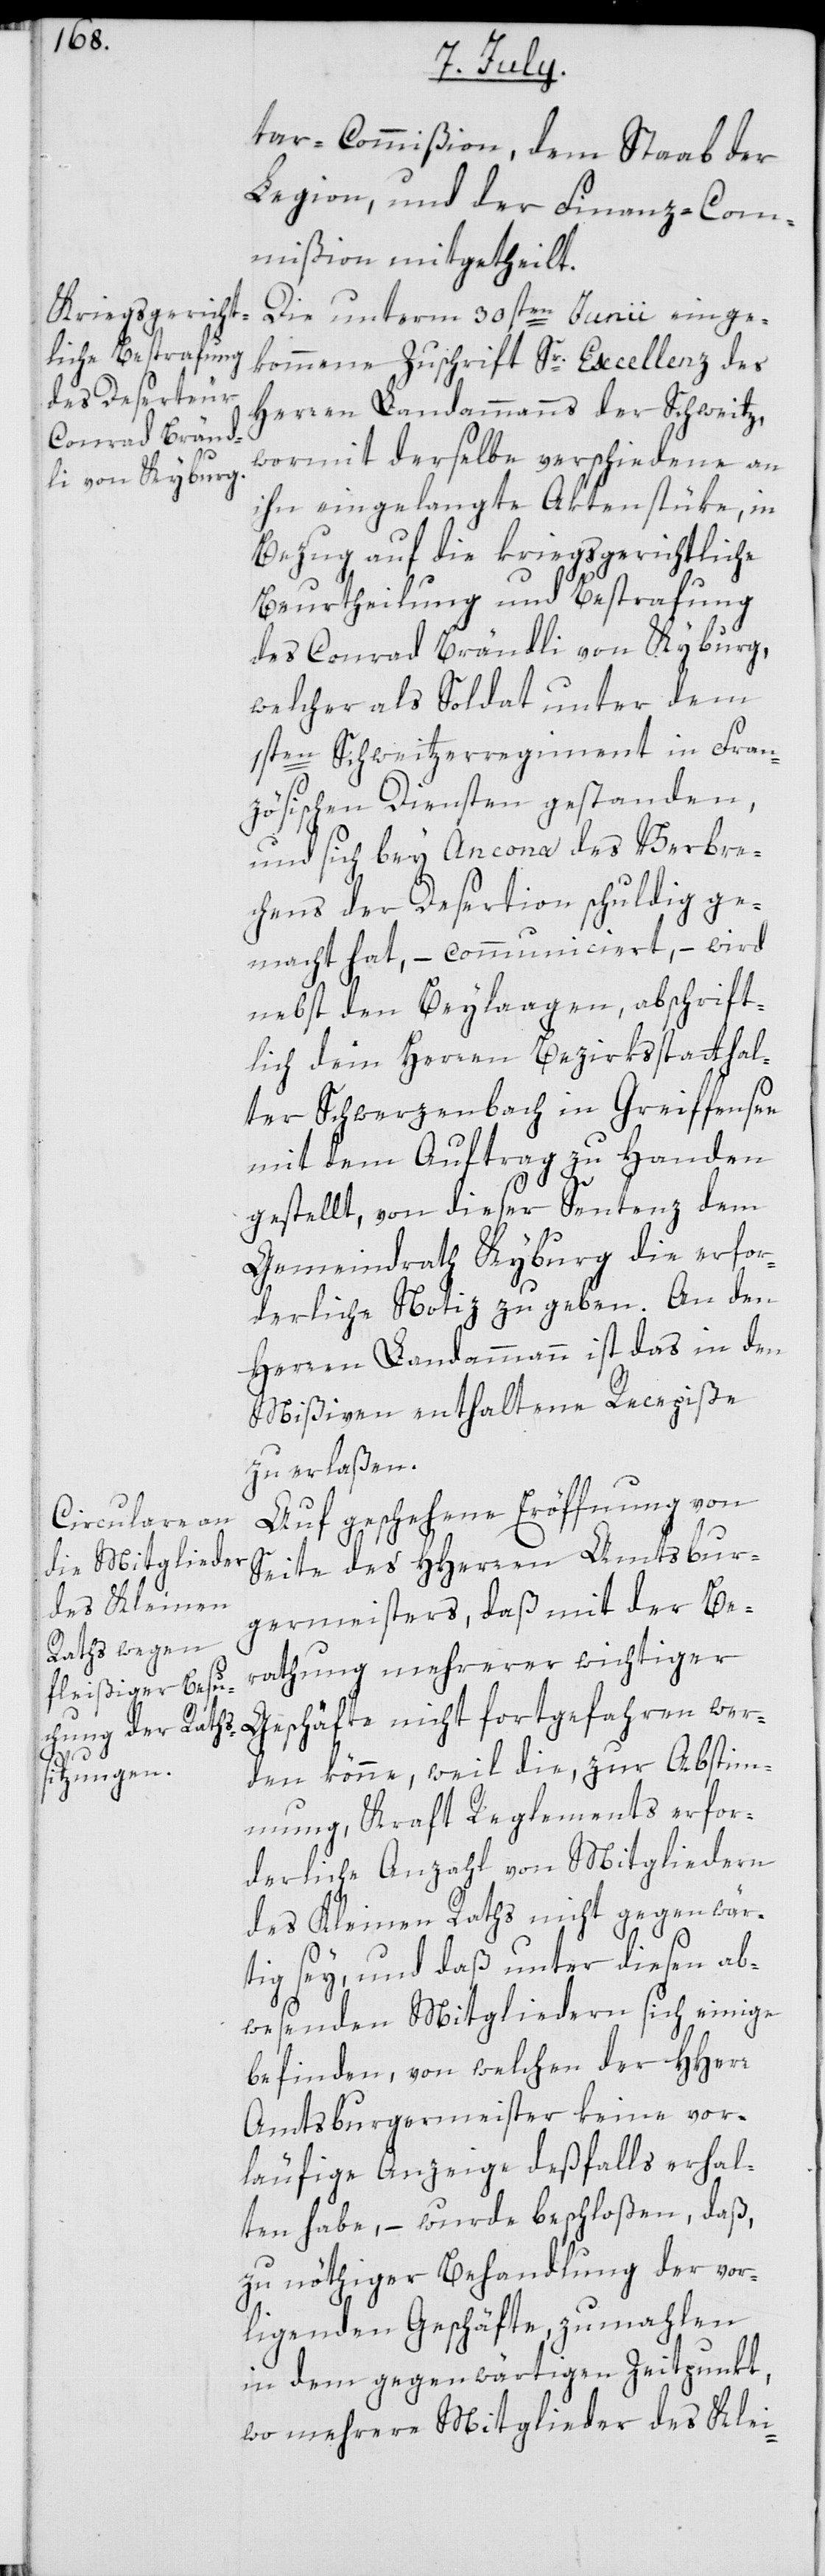
tar-Commißion, dem Staab der
Legion, und der Finanz-Com¬
mißion mitgetheilt.
Die unterm 30sten Junii einge¬
kommene Zuschrift Sr. Excellenz des
Herren Landammanns der Schweitz,
wormit derselbe verschiedene an
ihn eingelangte Aktenstüke, in
Bezug auf die kriegsgerichtliche
Beurtheilung und Bestrafung
des Conrad Brändli von Kyburg,
welcher als Soldat unter dem
1sten Schweizerregiment in Fran¬
zösischen Diensten gestanden,
und sich bey Ancona des Verbre¬
chens der Desertion schuldig ge¬
macht hat, – communiciert, – wird
nebst den Beylaagen, abschrift¬
lich dem Herren Bezirksstatthal¬
ter Schwerzenbach in Greifensee
mit dem Auftrag zu Handen
gestellt, von dieser Sentenz dem
Gemeindrath Kyburg die erfor¬
derliche Notiz zu geben. An den
Herren Landammann ist das in den
Mißiven enthaltene Recepiße
zu erlaßen.
Auf geschehene Eröffnung von
Seite des HHerren Amtsbur¬
germeisters, daß mit der Be¬
rathung mehrerer wichtiger
Geschäfte nicht fortgefahren wer¬
den könne, weil die, zur Abstim¬
mung, Kraft Reglements erfor¬
derliche Anzahl von Mitgliedern
des Kleinen Raths nicht gegenwär¬
tig sey, und daß unter diesen ab¬
wesenden Mitgliedern sich einige
befinden, von welchen der HHerr
Amtsburgermeister keine vor¬
läufige Anzeige deßfalls erhal¬
ten habe, – wurde beschloßen, daß,
zu nöthiger Behandlung der vor¬
liegenden Geschäfte, zumahlen
in dem gegenwärtigen Zeitpunkt,
wo mehrere Mitglieder des Klei-